King Institute of Preventive Medicine Micro-Biological Section reports 1912-19
Year: 1912
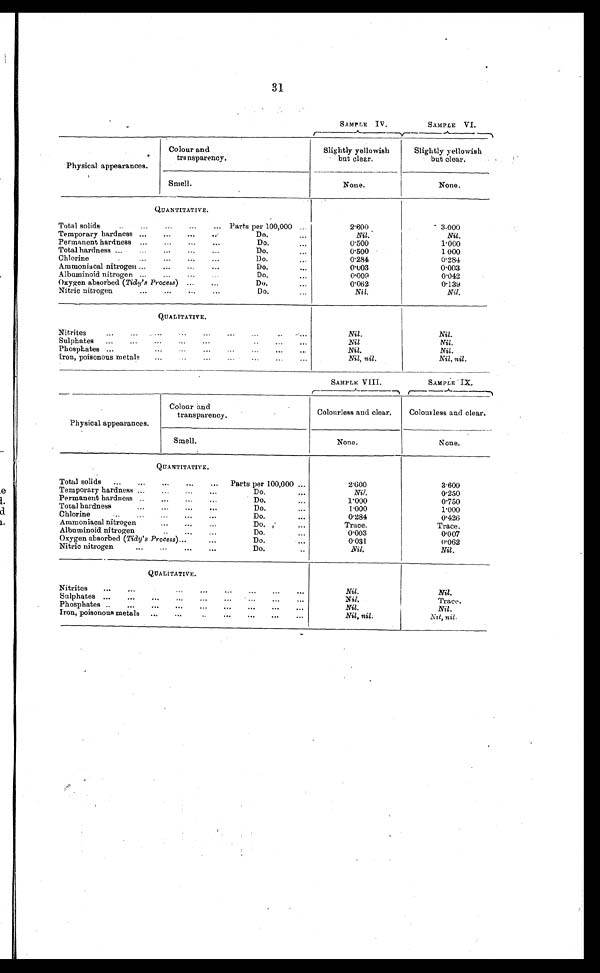
31
SAMPLE IV.
SAMPLE VI.
Physical appearances.
Colour and
transparency.
Slightly yellowish
but clear.
Slightly yellowish
but clear.
Smell.
None.
N o n e .
QUANTITATIVE.
2.600
3.000
Total solids . . .
Parts per 100,000 . . .
Nil.
Do. . . .
Nil.
Temporary hardness . . .
0.500
Do. . . .
1.000
Permanent hardness . . .
Do. . . .
0.500
1000
Total hardness . . .
0.284
Do. . . .
0.284
C h l o r i n e . . .
0.003
Do. . . .
0.003
Ammoniacal nitrogen . . .
0.009
Do. . . .
0.042
Albuminoid nitrogen . . .
0.062
0.139
Do. . . .
Oxygen absorbed ( Tidy's Process) . . .
Nitric nitrogen . .
Do. . . .
Nil.
Nil.
QUALITATIVE.
Nitrites . . .
Nil.
Nil.
Nil.
Nil
Sulphates . . .
Nil.
Nil.
Phosphates . . .
Nil, nil.
Nil, nil.
I r o n , p o i s o n o u s m e t a l s . . .
SAMPLE VIII.
SAMPLE I X .
Physical appearances.
Colour and
transparency.
Colourless and clear.
Colourless and clear.
Smell.
None.
None.
QUANTITATIVE.
Total solids . . .
Parts per 100,000 . . .
2.600
3.600
Temporary hardness . . .
Do. . . .
Nil.
0.250
Permanent hardness . . .
Do. . . .
1.000
0.750
Total hardness . . .
Do. . . .
1.000
1.000
Chlorine . . .
Do. . . .
0.426
0.284
Do. . . .
Trace.
Ammoniacal nitrogen . . .
Trace.
Albuminoid nitrogen . . .
Do. . . .
0.003
0.007
Oxygen absorbed ( Tidy's Process) . . .
Do. . . .
0.062
0.031
Nitric nitrogen . . .
Do. . . .
Nil.
Nil.
QUALITATIVE.
Nitrites
.
.
.
Nil.
Nil.
Sulphates . . .
Nil.
Trace.
Phosphates . . .
Nil.
Nil.
Iron, poisonous metals . . .
Nil, nil.
Nil, nil.